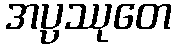
အပ္ပဿုတေ